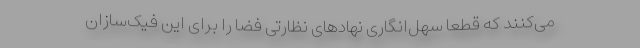
می‌کنند که قطعا سهل‌انگاری نهادهای نظارتی فضا را برای این فیک‌سازان